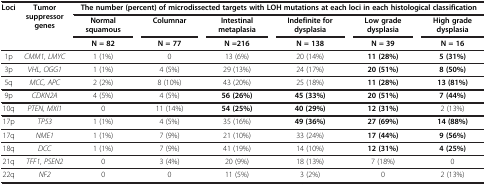
| <ROWSPAN=3> Loci | <ROWSPAN=3> Tumor suppressor genes | <COLSPAN=6> The number (percent) of microdissected targets with LOH mutations at each loci in each histological classification |
 | Normal squamous | Columnar | Intestinal metaplasia | Indefinite for dysplasia | Low grade dysplasia | High grade dysplasia |
 | N = 82 | N = 77 | N =216 | N = 138 | N = 39 | N = 16 |
 | --- | --- | --- | --- | --- | --- | --- | --- |
 | 1p | CMM1, LMYC | 1 (1%) | 0 | 13 (6%) | 20 (14%) | 11 (28%) | 5 (31%) |
 | 3p | VHL, OGG1 | 1 (1%) | 4 (5%) | 29 (13%) | 24 (17%) | 20 (51%) | 8 (50%) |
 | 5q | MCC, APC | 2 (2%) | 8 (10%) | 43 (20%) | 25 (18%) | 11 (28%) | 13 (81%) |
 | 9p | CDKN2A | 4 (5%) | 4 (5%) | 56 (26%) | 45 (33%) | 20 (51%) | 7 (44%) |
 | 10q | PTEN, MXI1 | 0 | 11 (14%) | 54 (25%) | 40 (29%) | 12 (31%) | 2 (13%) |
 | 17p | TP53 | 1 (1%) | 4 (5%) | 35 (16%) | 49 (36%) | 27 (69%) | 14 (88%) |
 | 17q | NME1 | 1 (1%) | 7 (9%) | 21 (10%) | 33 (24%) | 17 (44%) | 9 (56%) |
 | 18q | DCC | 1 (1%) | 7 (9%) | 41 (19%) | 14 (10%) | 12 (31%) | 4 (25%) |
 | 21q | TFF1, PSEN2 | 0 | 3 (4%) | 20 (9%) | 18 (13%) | 7 (18%) | 0 |
 | 22q | NF2 | 0 | 0 | 11 (5%) | 3 (2%) | 0 | 2 (13%) |